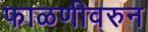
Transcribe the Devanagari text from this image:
फाळणीवरुन